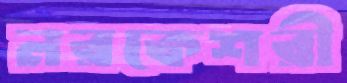
নরকেশরী